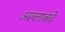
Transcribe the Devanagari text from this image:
अल्लाबंदे